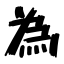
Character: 為